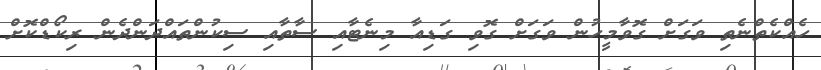
ހެއްކެތްނެތި ވަގަށް ގޮވާމީހުން ވަގަށް ގޮވި ގަޑިއާ މިނެޓާއި ސާތާއި ސިކުންތައްދަންދެން ރިކޯޑްކޮށް